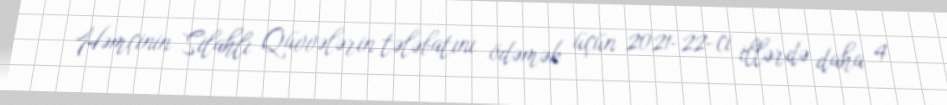
Həmçinin Silahlı Qüvvələrin tələbatını ödəmək üçün 2021-22-ci illərdə daha 4